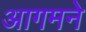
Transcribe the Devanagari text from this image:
आगमने